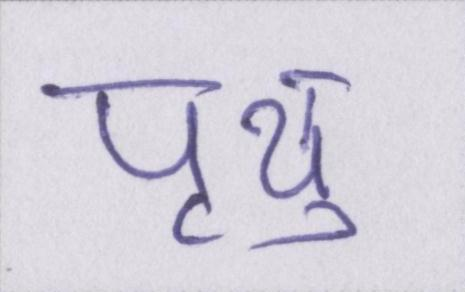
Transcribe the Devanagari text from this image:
पृथु